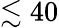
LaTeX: \lesssim 40